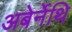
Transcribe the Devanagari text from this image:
अबेर्नेथि